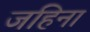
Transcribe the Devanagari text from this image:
जहिना